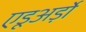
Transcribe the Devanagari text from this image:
एडूअर्ड़ो